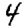
Digit: 4